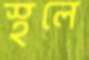
স্থলে